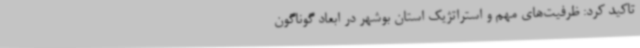
تاکید کرد: ظرفیت‌های مهم و استراتژیک استان بوشهر در ابعاد گوناگون